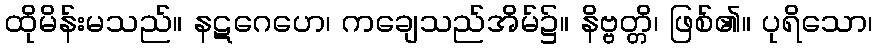
ထိုမိန်းမသည်။ နဋဂေဟေ၊ ကချေသည်အိမ်၌။ နိဗ္ဗတ္တိ၊ ဖြစ်၏။ ပုရိသော၊